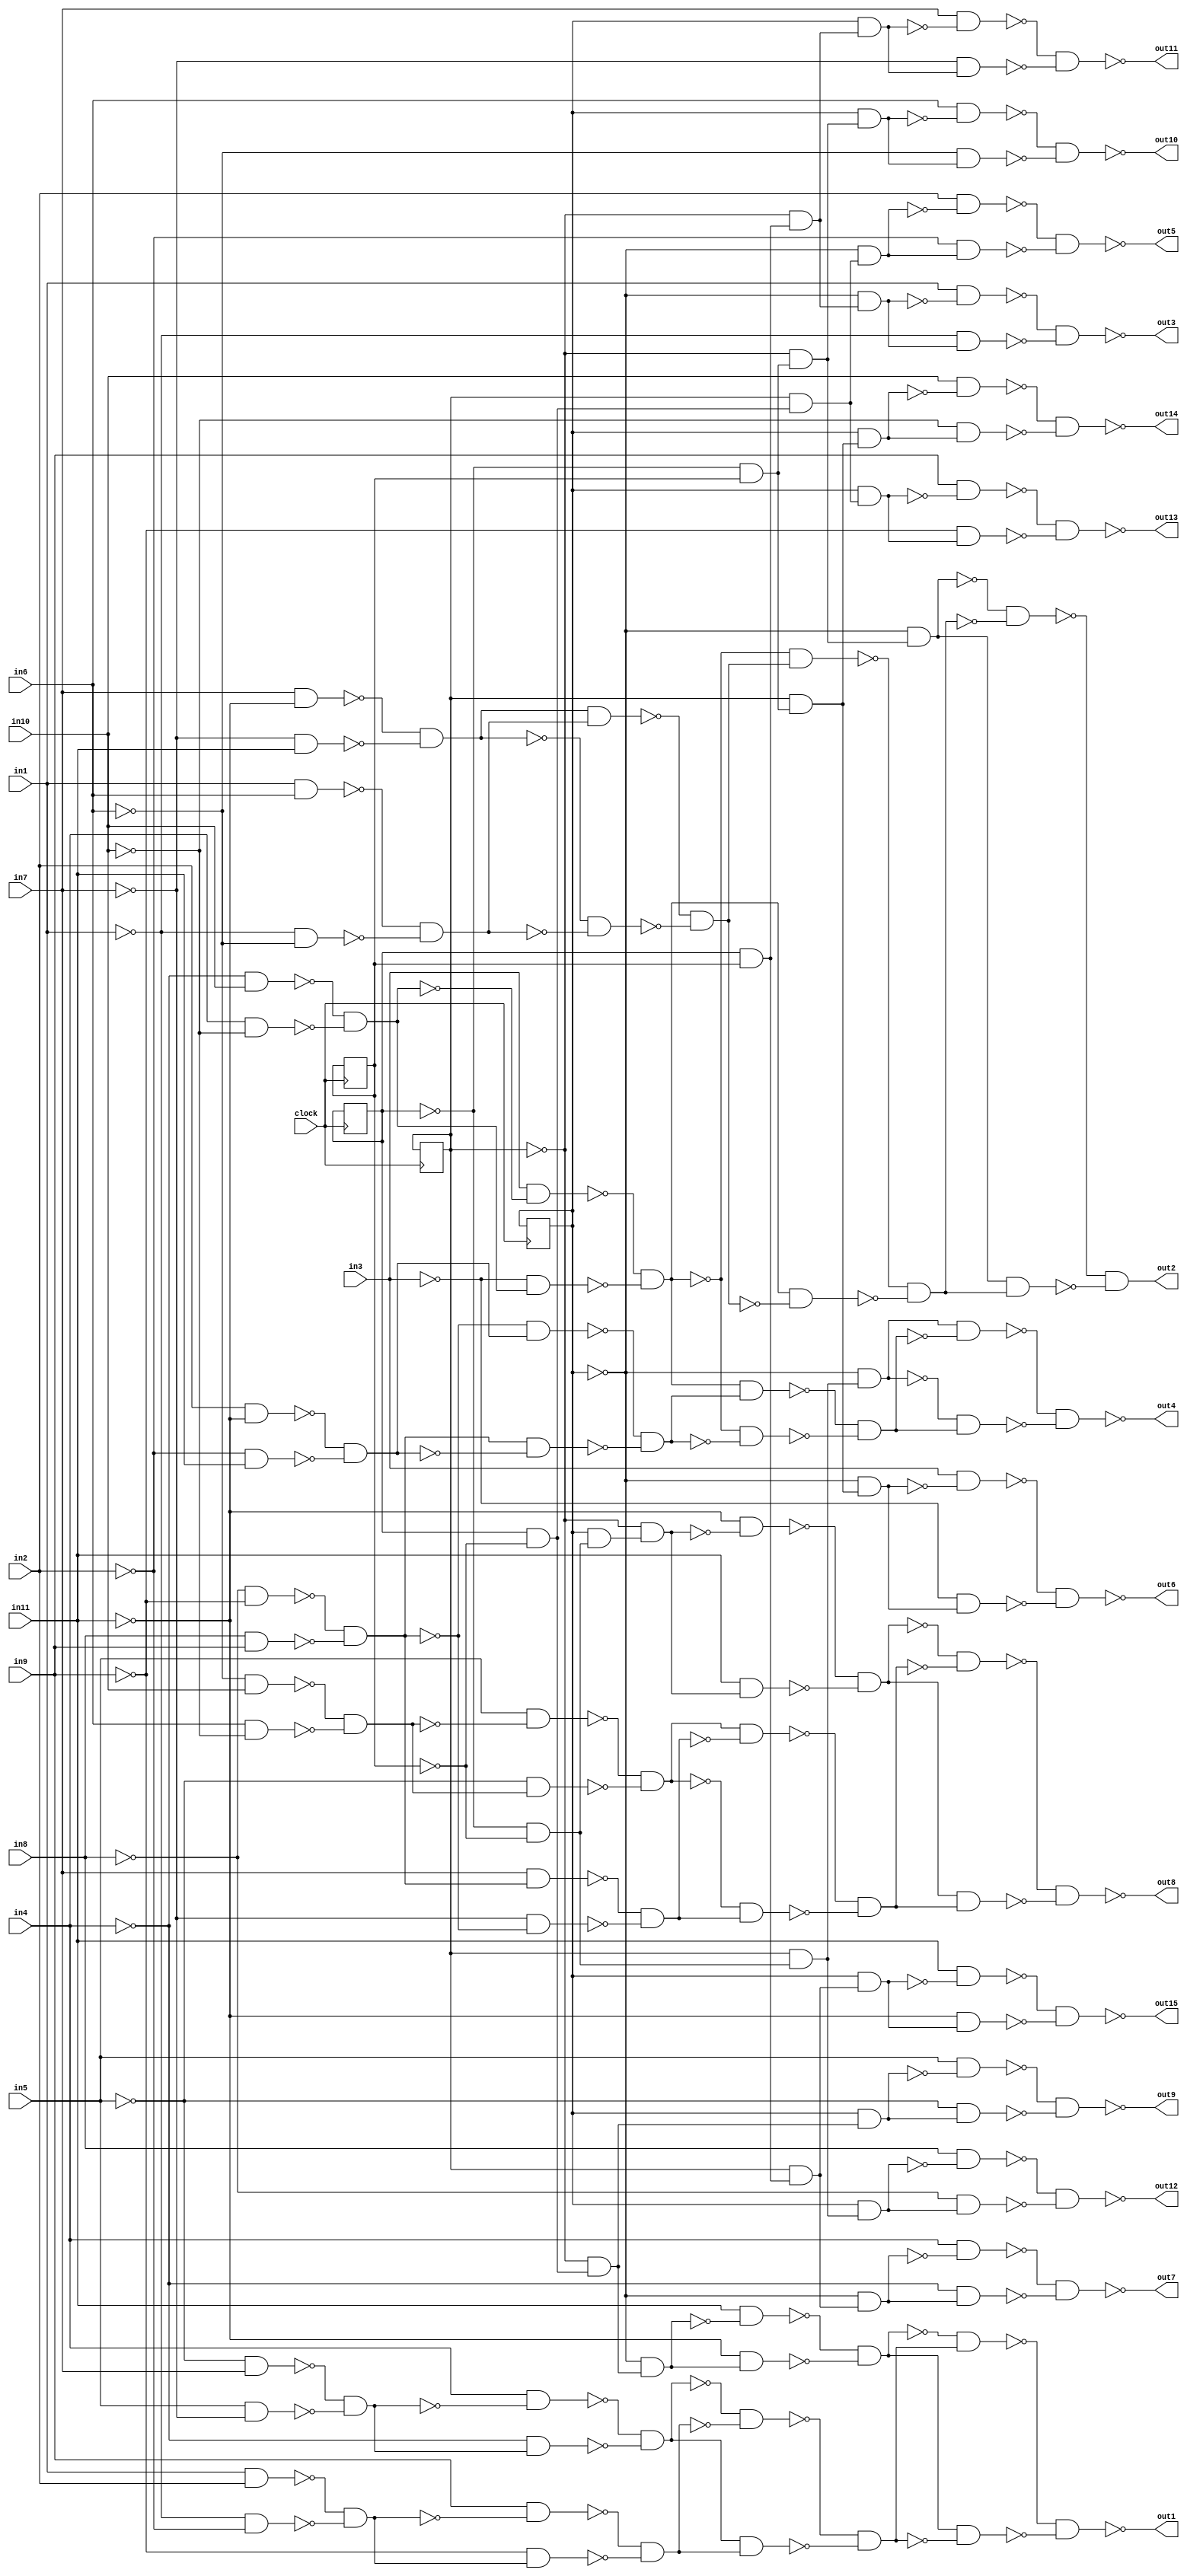
// Benchmark "hamming15" written by ABC on Mon Nov 24 08:52:41 2014

module hamming15 ( clock, 
    in1, in2, in3, in4, in5, in6, in7, in8, in9, in10, in11,
    out1, out2, out3, out4, out5, out6, out7, out8, out9, out10, out11,
    out12, out13, out14, out15  );
  input  clock;
  input  in1, in2, in3, in4, in5, in6, in7, in8, in9, in10, in11;
  output out1, out2, out3, out4, out5, out6, out7, out8, out9, out10, out11,
    out12, out13, out14, out15;
  reg r0, r1, r2, r3;
  wire n39, n40, n41, n42, n43, n44, n45, n46, n47, n48, n49, n50, n51, n52,
    n53, n54, n55, n56, n57, n58, n59, n60, n61, n62, n63, n64, n65, n66,
    n67, n68, n69, n70, n71, n72, n73, n74, n75, n76, n77, n78, n79, n80,
    n81, n82, n83, n84, n85, n87, n88, n89, n90, n91, n92, n93, n94, n95,
    n96, n97, n98, n99, n100, n101, n102, n103, n104, n105, n106, n107,
    n108, n109, n110, n111, n112, n113, n114, n115, n116, n117, n118, n119,
    n120, n121, n122, n123, n124, n125, n126, n127, n128, n129, n130, n131,
    n132, n133, n134, n135, n136, n137, n138, n139, n140, n141, n142, n143,
    n144, n145, n146, n147, n148, n149, n150, n151, n152, n153, n154, n155,
    n156, n157, n158, n159, n160, n161, n162, n163, n164, n165, n166, n167,
    n168, n169, n170, n171, n172, n173, n54_1, n59_1, n64_1, n69_1;
  assign n39 = r0 & ~r1;
  assign n40 = ~r2 & n39;
  assign n41 = ~r3 & n40;
  assign n42 = in11 & ~n41;
  assign n43 = ~in11 & n41;
  assign n44 = ~n42 & ~n43;
  assign n45 = ~in5 & in7;
  assign n46 = in5 & ~in7;
  assign n47 = ~n45 & ~n46;
  assign n48 = in4 & ~n47;
  assign n49 = ~in4 & n47;
  assign n50 = ~n48 & ~n49;
  assign n51 = in1 & in2;
  assign n52 = ~in1 & ~in2;
  assign n53 = ~n51 & ~n52;
  assign n54 = in9 & ~n53;
  assign n55 = ~in9 & n53;
  assign n56 = ~n54 & ~n55;
  assign n57 = ~n50 & ~n56;
  assign n58 = n50 & n56;
  assign n59 = ~n57 & ~n58;
  assign n60 = ~n44 & n59;
  assign n61 = n44 & ~n59;
  assign n62 = ~n60 & ~n61;
  assign n63 = ~r0 & r1;
  assign n64 = ~r2 & n63;
  assign n65 = ~r3 & n64;
  assign n66 = ~in4 & in10;
  assign n67 = in4 & ~in10;
  assign n68 = ~n66 & ~n67;
  assign n69 = in3 & ~n68;
  assign n70 = ~in3 & n68;
  assign n71 = ~n69 & ~n70;
  assign n72 = in7 & ~in11;
  assign n73 = ~in7 & in11;
  assign n74 = ~n72 & ~n73;
  assign n75 = in1 & in6;
  assign n76 = ~in1 & ~in6;
  assign n77 = ~n75 & ~n76;
  assign n78 = n74 & n77;
  assign n79 = ~n74 & ~n77;
  assign n80 = ~n78 & ~n79;
  assign n81 = ~n71 & n80;
  assign n82 = n71 & ~n80;
  assign n83 = ~n81 & ~n82;
  assign n84 = ~n65 & ~n83;
  assign n85 = n65 & n83;
  assign out2 = ~n84 & ~n85;
  assign n87 = r0 & r1;
  assign n88 = ~r2 & n87;
  assign n89 = ~r3 & n88;
  assign n90 = in1 & ~n89;
  assign n91 = ~in1 & n89;
  assign n92 = ~n90 & ~n91;
  assign n93 = ~r0 & ~r1;
  assign n94 = r2 & n93;
  assign n95 = ~r3 & n94;
  assign n96 = ~in8 & ~in9;
  assign n97 = in8 & in9;
  assign n98 = ~n96 & ~n97;
  assign n99 = in2 & ~in11;
  assign n100 = ~in2 & in11;
  assign n101 = ~n99 & ~n100;
  assign n102 = ~n98 & n101;
  assign n103 = n98 & ~n101;
  assign n104 = ~n102 & ~n103;
  assign n105 = n71 & n104;
  assign n106 = ~n71 & ~n104;
  assign n107 = ~n105 & ~n106;
  assign n108 = n95 & ~n107;
  assign n109 = ~n95 & n107;
  assign n110 = ~n108 & ~n109;
  assign n111 = r2 & n39;
  assign n112 = ~r3 & n111;
  assign n113 = in2 & ~n112;
  assign n114 = ~in2 & n112;
  assign n115 = ~n113 & ~n114;
  assign n116 = r2 & n63;
  assign n117 = ~r3 & n116;
  assign n118 = in3 & ~n117;
  assign n119 = ~in3 & n117;
  assign n120 = ~n118 & ~n119;
  assign n121 = r2 & n87;
  assign n122 = ~r3 & n121;
  assign n123 = in4 & ~n122;
  assign n124 = ~in4 & n122;
  assign n125 = ~n123 & ~n124;
  assign n126 = r3 & n93;
  assign n127 = ~r2 & n126;
  assign n128 = ~in11 & ~n127;
  assign n129 = in11 & n127;
  assign n130 = ~n128 & ~n129;
  assign n131 = ~in6 & in10;
  assign n132 = in6 & ~in10;
  assign n133 = ~n131 & ~n132;
  assign n134 = in5 & ~n133;
  assign n135 = ~in5 & n133;
  assign n136 = ~n134 & ~n135;
  assign n137 = in7 & n98;
  assign n138 = ~in7 & ~n98;
  assign n139 = ~n137 & ~n138;
  assign n140 = n136 & ~n139;
  assign n141 = ~n136 & n139;
  assign n142 = ~n140 & ~n141;
  assign n143 = ~n130 & ~n142;
  assign n144 = n130 & n142;
  assign n145 = ~n143 & ~n144;
  assign n146 = r3 & n40;
  assign n147 = in5 & ~n146;
  assign n148 = ~in5 & n146;
  assign n149 = ~n147 & ~n148;
  assign n150 = r3 & n64;
  assign n151 = in6 & ~n150;
  assign n152 = ~in6 & n150;
  assign n153 = ~n151 & ~n152;
  assign n154 = r3 & n88;
  assign n155 = in7 & ~n154;
  assign n156 = ~in7 & n154;
  assign n157 = ~n155 & ~n156;
  assign n158 = r3 & n94;
  assign n159 = in8 & ~n158;
  assign n160 = ~in8 & n158;
  assign n161 = ~n159 & ~n160;
  assign n162 = r3 & n111;
  assign n163 = in9 & ~n162;
  assign n164 = ~in9 & n162;
  assign n165 = ~n163 & ~n164;
  assign n166 = r3 & n116;
  assign n167 = in10 & ~n166;
  assign n168 = ~in10 & n166;
  assign n169 = ~n167 & ~n168;
  assign n170 = r3 & n121;
  assign n171 = in11 & ~n170;
  assign n172 = ~in11 & n170;
  assign n173 = ~n171 & ~n172;
  assign out1 = ~n62;
  assign out3 = ~n92;
  assign out4 = ~n110;
  assign out5 = ~n115;
  assign out6 = ~n120;
  assign out7 = ~n125;
  assign out8 = ~n145;
  assign out9 = ~n149;
  assign out10 = ~n153;
  assign out11 = ~n157;
  assign out12 = ~n161;
  assign out13 = ~n165;
  assign out14 = ~n169;
  assign out15 = ~n173;
  assign n54_1 = r0;
  assign n59_1 = r1;
  assign n64_1 = r2;
  assign n69_1 = r3;
  always @ (posedge clock) begin
    r0 <= n54_1;
    r1 <= n59_1;
    r2 <= n64_1;
    r3 <= n69_1;
  end
endmodule